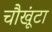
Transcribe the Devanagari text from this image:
चौखूंटा